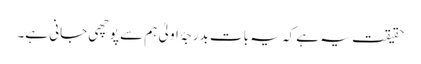
حقیقت یہ ہے کہ یہ بات بدرجۂ اولیٰ ہم سے پوچھی جانی ہے۔